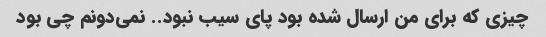
چیزی که برای من ارسال شده بود پای سیب نبود.. نمی‌دونم چی بود